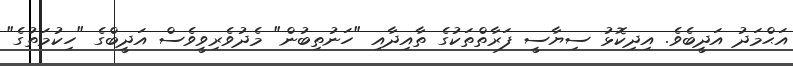
އަޙްމަދު އަދީބެވެ. އިދިކޮޅު ސިޔާސީ ފަރާތްތަކުގެ ތާއިދާއި "ހަނުތިބުން" މެދުވެރިވީވެސް އަދީބްގެ "ހިކުމަތުގެ"